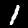
Digit: 1